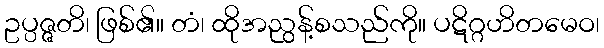
ဥပ္ပဇ္ဇတိ၊ ဖြစ်၏။ တံ၊ ထိုအညွန့်စသည်ကို။ ပဋိဂ္ဂဟိတမေဝ၊